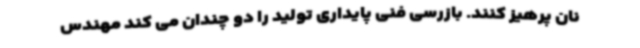
نان پرهیز کنند. بازرسی فنی پایداری تولید را دو چندان می کند مهندس